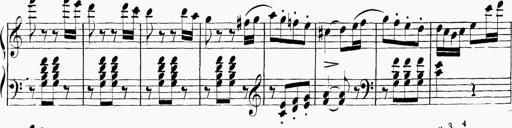
Title: 6 Sonatinas
Composer: Carl Reinecke